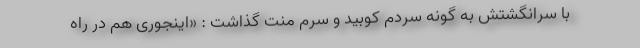
با سرانگشتش به گونه سردم کوبید و سرم منت گذاشت : «اینجوری هم در راه